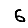
Digit: 6